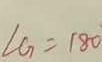
\angle G = 1 8 0